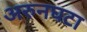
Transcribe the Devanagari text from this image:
अरुनघटा